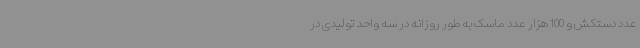
عدد دستکش و 100 هزار عدد ماسک به طور روزانه در سه واحد تولیدی در